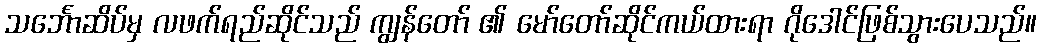
သင်္ဘောဆိပ်မှ လဖက်ရည်ဆိုင်သည် ကျွန်တော် ၏ မော်တော်ဆိုင်ကယ်ထားရာ ဂိုဒေါင်ဖြစ်သွားပေသည်။